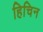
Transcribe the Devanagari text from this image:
हिचिन